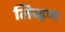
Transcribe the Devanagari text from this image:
लिव्हण